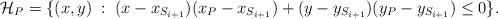
LaTeX: \begin{align*} \mathcal{H}_{P} = \{ (x, y)\;:\;(x-x_{S_{i+1}})(x_P - x_{S_{i+1}}) + (y-y_{S_{i+1}})(y_P - y_{S_{i+1}}) \leq 0 \}.\end{align*}